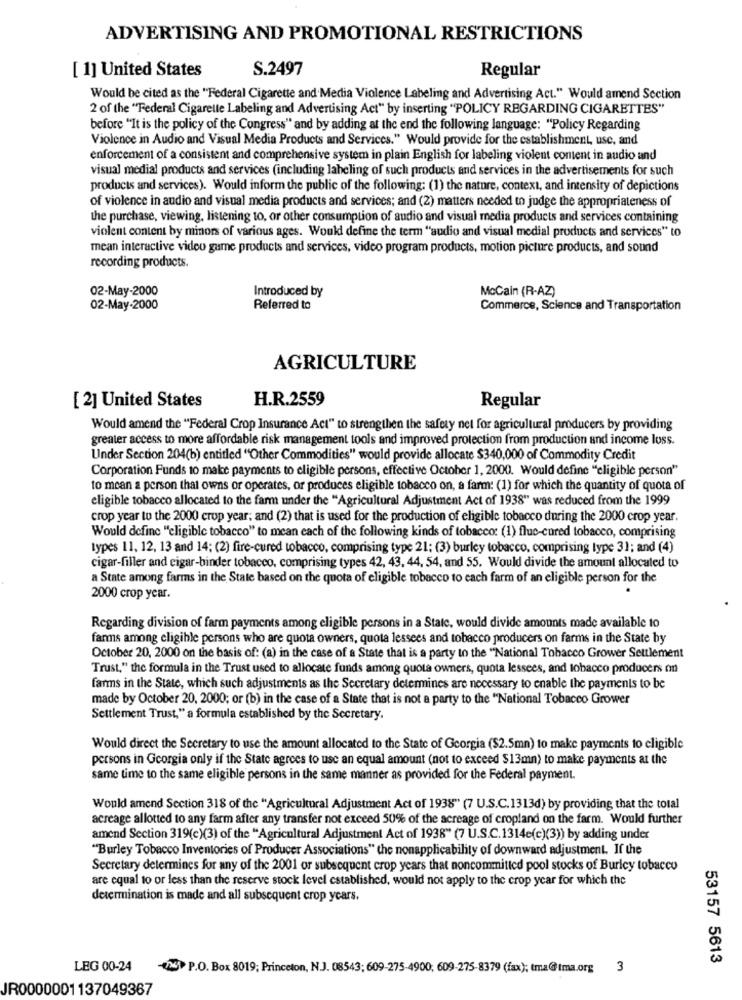
ADVERTISING AND PROMOTIONAL RESTRICTIONS
[ 1] United States
S.2497
Regular
Would be cited as the "Federal Cigarette and Media Violence Labeling and Advertising Act." Would amend Section
2 of the "Federal Cigarette Labeling and Advertising Act" by inserting "POLICY REGARDING CIGARETTES"
before "It is the policy of the Congress" and by adding at the end the following language: "Policy Regarding
Violence in Audio and Visual Media Products and Services." Would provide for the establishment, use, and
enforcement of a consistent and comprehensive system in plain English for labeling violent content in audio and
visual medial products and services (including labeling of such products and services in the advertisements for such
products and services). Would inform the public of the following: (1) the nature, context, and intensity of depictions
of violence in audio and visual media products and services; and (2) matters needed to judge the appropriateness of
the purchase, viewing, listening to, or other consumption of audio and visual media products and services containing
violent content by minors of various ages. Would define the term "audio and visual medial products and services" to
mean interactive video game products and services, video program products, motion picture products, and sound
recording products.
02-May-2000
Introduced by
McCain (R-AZ)
02-May-2000
Referred to
Commerce, Science and Transportation
AGRICULTURE
H.R.2559
[ 2] United States
Regular
Would amend the "Federal Crop Insurance Act" to strengthen the safety net for agricultural producers by providing
greater access to more affordable risk management tools and improved protection from production and income loss.
Under Section 204(b) entitled "Other Commodities" would provide allocate $340,000 of Commodity Credit
Corporation Funds to make payments to eligible persons, effective October 1, 2000. Would define "eligible person"
to mean a person that owns or operates, or produces eligible tobacco on, a farm: (1) for which the quantity of quota of
eligible tobacco allocated to the farm under the "Agricultural Adjustment Act of 1938" was reduced from the 1999
crop year to the 2000 crop year; and (2) that is used for the production of eligible tobacco during the 2000 crop year.
Would definc "eligible tobacco" to mean each of the following kinds of tobacco: (1) fluc-cured tobacco, comprising
types 11, 12, 13 and 14; (2) fire-cured tobacco, comprising type 21; (3) burley tobacco, comprising type 31; and (4)
cigar-filler and cigar-binder tobacco, comprising types 42, 43, 44, 54, and 55. Would divide the amount allocated to
a State among farms in the State based on the quota of eligible tobacco to each farm of an eligible person for the
.
2000 crop year.
Regarding division of farm payments among eligible persons in a State, would divide amounts made available to
farms among eligible persons who are quota owners, quota lessees and tobacco producers on farms in the State by
October 20, 2000 on the basis of: (a) in the case of a State that is a party to the "National Tobacco Grower Settlement
Trust," the formula in the Trust used to allocate funds among quota owners, quota lessees, and tobacco producers on
farms in the State, which such adjustments as the Secretary determines are necessary to enable the payments to be
made by October 20, 2000; or (b) in the case of a State that is not a party to the "National Tobacco Grower
Settlement Trust," a formula established by the Secretary.
Would direct the Secretary to use the amount allocated to the State of Georgia ($2.5mn) to make payments to eligible
persons in Georgia only if the State agrees to use an equal amount (not to exceed $13mn) to make payments at the
same time to the same eligible persons in the same manner as provided for the Federal payment.
Would amend Section 318 of the "Agricultural Adjustment Act of 1938" (7 U.S.C.1313d) by providing that the total
acreage allotted to any farm after any transfer not exceed 50% of the acreage of cropland on the farm. Would further
amend Section 319(c)(3) of the "Agricultural Adjustment Act of 1938" (7 U.S.C.1314e(c)(3)) by adding under
"Burley Tobacco Inventories of Producer Associations" the nonapplicability of downward adjustment. If the
Secretary determines for any of the 2001 or subsequent crop years that noncommitted pool stocks of Burley tobacco
are equal to or less than the reserve stock level established, would not apply to the crop year for which the
determination is made and all subsequent crop years.
53157 5613
LEG 00-24
-7 P.O. Box 8019; Princeton, N.J. 08543; 609-275-4900, 609-275-8379 (fax); tma@tma.org
: 3
JR0000001137049367